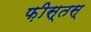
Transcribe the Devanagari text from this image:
फ़ीस्तस्